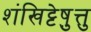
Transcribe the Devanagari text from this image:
शंखिट्टेषु़त्तु